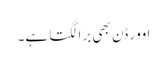
اوور ڈن بھی برا لگتا ہے۔